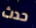
حدث